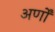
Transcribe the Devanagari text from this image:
अर्णों